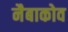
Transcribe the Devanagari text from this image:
नैबाकोव